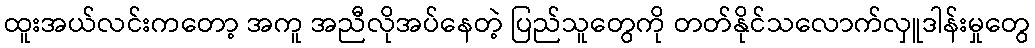
ထူးအယ်လင်းကတော့ အကူ အညီလိုအပ်နေတဲ့ ပြည်သူတွေကို တတ်နိုင်သလောက်လှူဒါန်းမှုတွေ